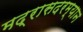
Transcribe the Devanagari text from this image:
मद्रासदरम्यान